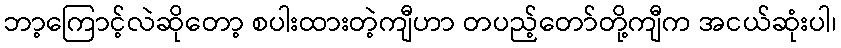
ဘာ့ကြောင့်လဲဆိုတော့ စပါးထားတဲ့ကျီဟာ တပည့်တော်တို့ကျီက အငယ်ဆုံးပါ၊